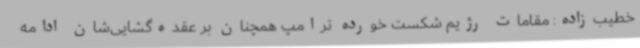
خطیب‌زاده: مقامات رژیم شکست خورده ترامپ همچنان بر عقده‌گشایی‌شان ادامه